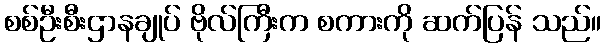
စစ်ဦးစီးဌာနချုပ် ဗိုလ်ကြီးက စကားကို ဆက်ပြန် သည်။